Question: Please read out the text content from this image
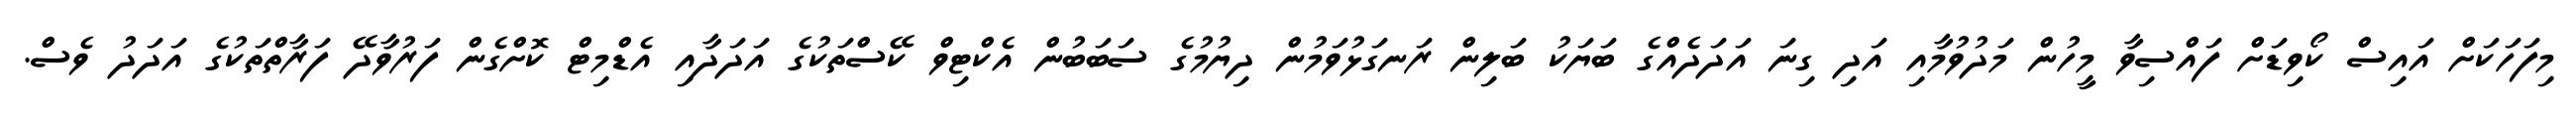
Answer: މިފަހަކަށް އައިސް ކޯވިޑަށް ފައްސިވާ މީހުން މަދުވުމާއި އަދި ގިނަ އަދަދެއްގެ ބަޔަކު ބަލިން ރަނގަޅުވަމުން ދިޔުމުގެ ސަބަބުން އެކްޓިވް ކޭސްތަކުގެ އަދަދާއި އެޑްމިޓް ކޮށްގެން ފަރުވާދޭ ފަރާތްތަކުގެ އަދަދު ވެސް.